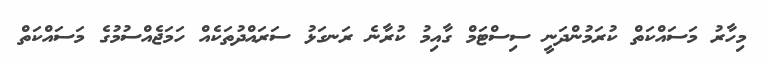
މިހާރު މަސައްކަތް ކުރަމުންދަނީ ސިސްޓަމް ގާއިމު ކުރާނެ ރަނގަޅު ސަރައްދުތަކެއް ހަމަޖެއްސުމުގެ މަސައްކަތް